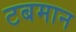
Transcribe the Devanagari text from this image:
टबमान